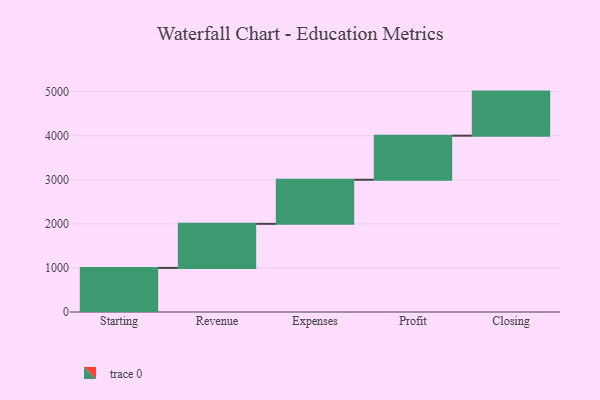
{"axis": {"x": "Step", "y": "Value"}, "legend": [""], "data": [{"x": "Starting", "y": 1000, "type": ""}, {"x": "Revenue", "y": 1000, "type": ""}, {"x": "Expenses", "y": 1000, "type": ""}, {"x": "Profit", "y": 1000, "type": ""}, {"x": "Closing", "y": 1000, "type": ""}]}